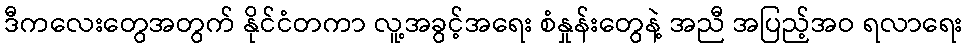
ဒီကလေးတွေအတွက် နိုင်ငံတကာ လူ့အခွင့်အရေး စံနှုန်းတွေနဲ့ အညီ အပြည့်အဝ ရလာရေး